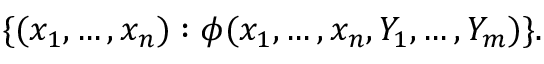
\{ ( x _ { 1 } , \dots , x _ { n } ) : \phi ( x _ { 1 } , \dots , x _ { n } , Y _ { 1 } , \dots , Y _ { m } ) \} .